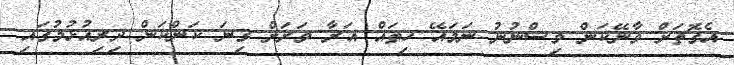
އެގޮތަށް ވާނޭކަން ވިސްނުނު ނަމައޭ ހިތައް އަރާ ވަރަށް ގިނަ ކަންކަން ދިރިއުޅުމުގައި